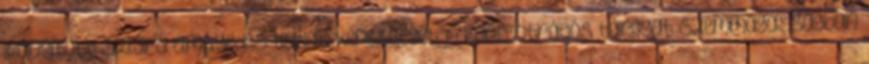
irányított szilárd elmélyedés tudati képességét. A koncentrációs tárgyat szemmagasságban